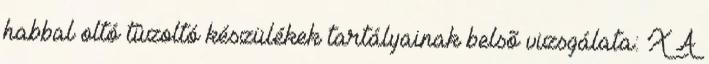
habbal oltó tûzoltó készülékek tartályainak belsõ vizsgálata: X A